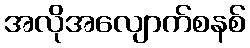
အလိုအလျောက်စနစ်